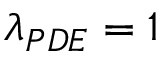
\lambda _ { P D E } = 1